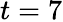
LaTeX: t=7